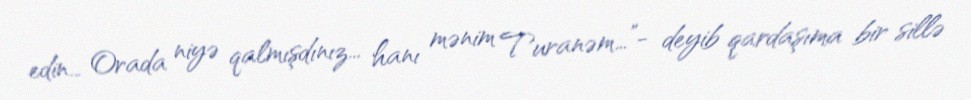
edin… Orada niyə qalmışdınız… hanı mənim Turanəm…”- deyib qardaşıma bir sillə